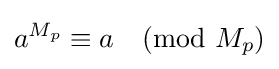
a^{M_{p}}\equiv a{\pmod {M_{p}}}